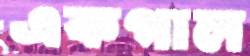
একগাল